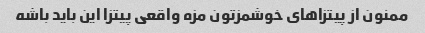
ممنون از پیتزاهای خوشمزتون مزه واقعی پیتزا این باید باشه